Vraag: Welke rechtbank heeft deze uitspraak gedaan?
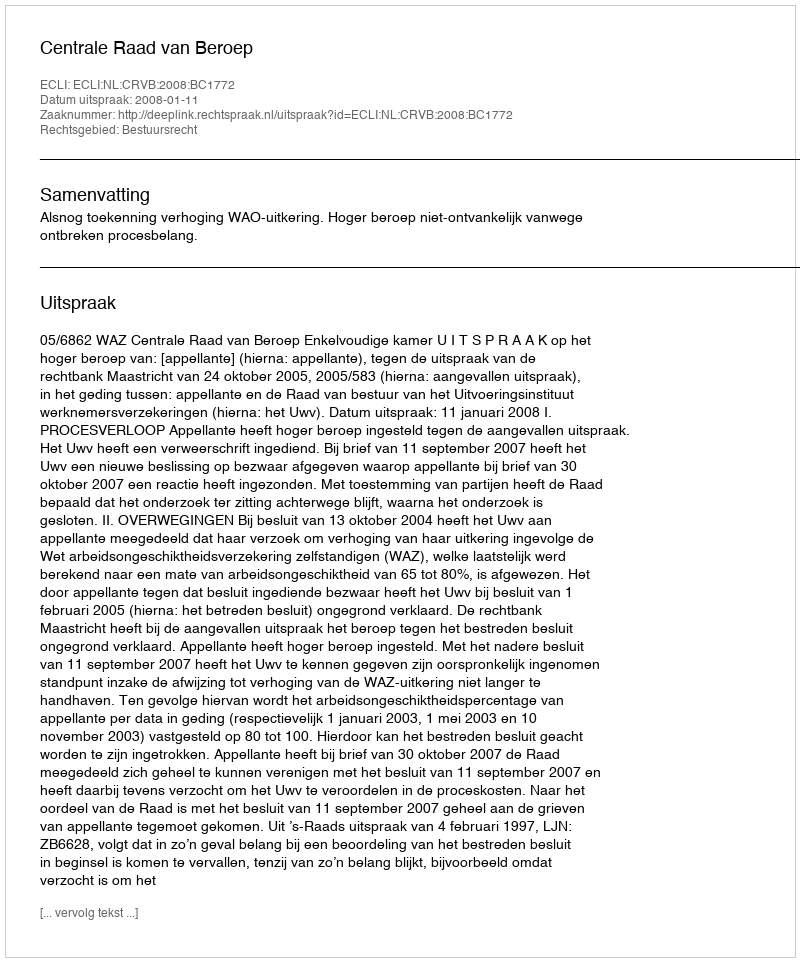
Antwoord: Centrale Raad van Beroep